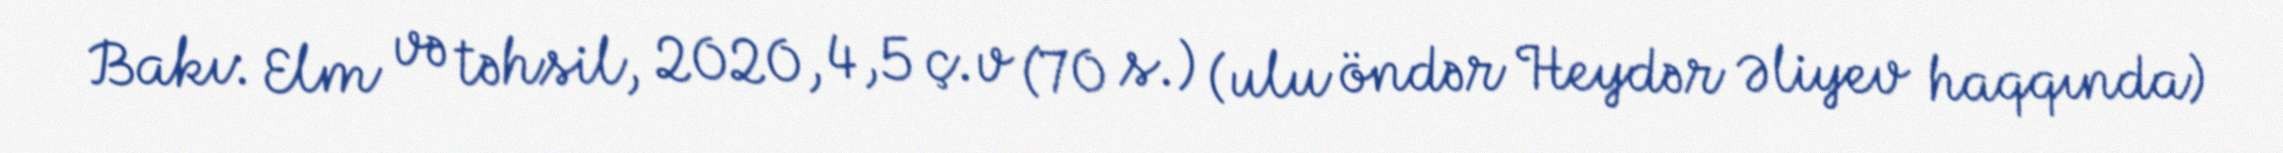
Bakı: Elm və təhsil, 2020, 4,5 ç.v (70 s.) (ulu öndər Heydər Əliyev haqqında)